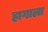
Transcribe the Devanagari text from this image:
हागाला